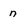
Character: n